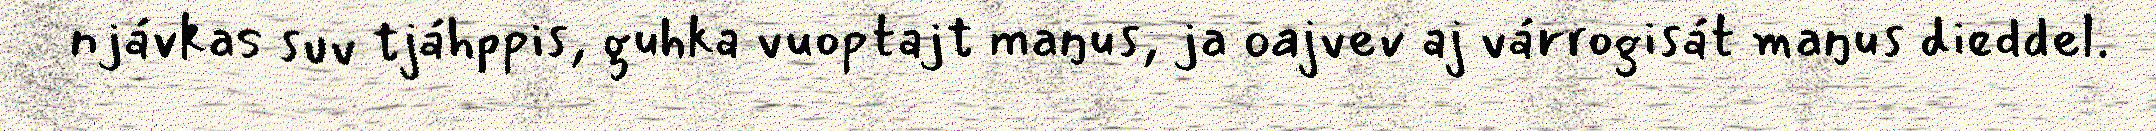
njávkas suv tjáhppis, guhka vuoptajt maŋus, ja oajvev aj várrogisát maŋus dieddel.